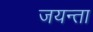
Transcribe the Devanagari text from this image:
जयन्ता